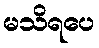
မသိရပေ